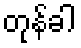
တုန်ခါ